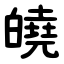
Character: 皢